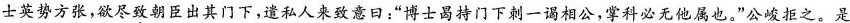
士英势方张，欲尽致朝臣出其门下，遣私人来致意日：”博士曷持门下刺一谒相公，掌科必无他属也。”公峻拒之。是